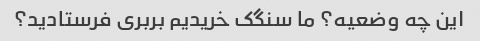
این چه وضعیه؟ ما سنگک خریدیم بربری فرستادید؟